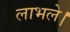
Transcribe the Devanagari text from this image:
लाभले।